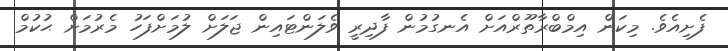
ފެށިއެވެ. މިކަން އިމްބްރާތޫރްއަށް އެނގުމުން ފާދިރީ ވެލަންޓައިން ޖަލަށް ލުމަށްފަހު މެރުމަށް ޙުކުމް